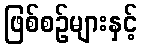
ဖြစ်စဉ်များနှင့်